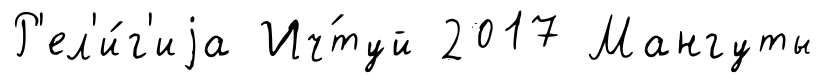
Р'ел'и́г'иjа Ич́туй 2017 Мангуты